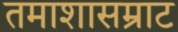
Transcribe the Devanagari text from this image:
तमाशासम्राट